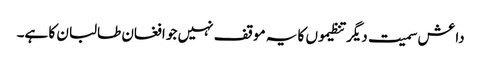
داعش سمیت دیگر تنظیموں کا یہ موقف نہیں جو افغان طالبان کا ہے۔